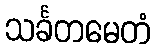
သင်္ခတမေတံ